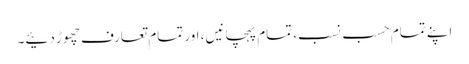
اپنے تمام حسب نسب، تمام پہچانیں، اور تمام تعارف چھوڑ دئیے۔